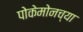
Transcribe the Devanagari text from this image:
पोकेमोनच्या